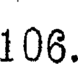
106.